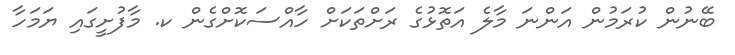
ބޭނުން ކުރަމުން އަންނަ މާލެ އަތޮޅުގެ ރަށްތަކަށް ހާއްސަކޮށްގެން ކ. މާފުށީގައި ޔަމަހާ